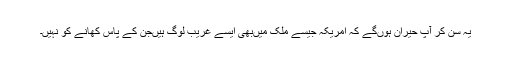
یہ سن کر آپ حیران ہوں‌گے کہ امریکہ جیسے ملک میں‌بھی ایسے غریب لوگ ہیں‌جن کے پاس کھانے کو نہیں۔